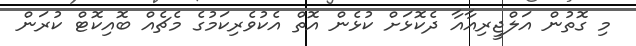
މި ގޮތުން އަލްޖީރިއާއާ ދެކޮޅަށް ކުޅެން އޮތް އެކުވެރިކަމުގެ މެޗެއް ބޮއިކޮޓް ކުރަން